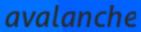
avalanche